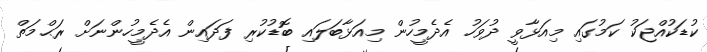
ކުޑަކުއްޖަކު ކަމުގައި މިއަޅާވީ ދުވަހު އެދެމީހުން މިއަޅާބަލައި ބޮޑުކުރި ފަދައިން އެދެމީހުންނަށް ރަޙްމަތް